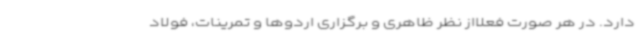
دارد. در هر صورت فعلااز نظر ظاهری و برگزاری اردوها و تمرینات، فولاد